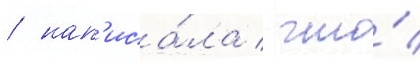
/ нап'иса́ла / что́